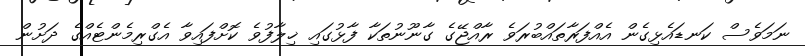
ނަމަވެސް ކަނޑައެޅިގެން އެއްފަރާތައްބުރަވެ ރާއްޖޭގެ ގާނޫނުތަކާ ފާޅުގައި ޚިލާފުވެ ކޮށްފައިވާ އެގްރިމެންޓެއްގެ ދަށުން